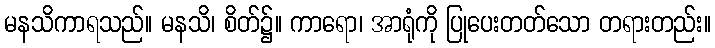
မနသိကာရသည်။ မနသိ၊ စိတ်၌။ ကာရော၊ အာရုံကို ပြုပေးတတ်သော တရားတည်း။